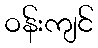
ဝန်းကျင်